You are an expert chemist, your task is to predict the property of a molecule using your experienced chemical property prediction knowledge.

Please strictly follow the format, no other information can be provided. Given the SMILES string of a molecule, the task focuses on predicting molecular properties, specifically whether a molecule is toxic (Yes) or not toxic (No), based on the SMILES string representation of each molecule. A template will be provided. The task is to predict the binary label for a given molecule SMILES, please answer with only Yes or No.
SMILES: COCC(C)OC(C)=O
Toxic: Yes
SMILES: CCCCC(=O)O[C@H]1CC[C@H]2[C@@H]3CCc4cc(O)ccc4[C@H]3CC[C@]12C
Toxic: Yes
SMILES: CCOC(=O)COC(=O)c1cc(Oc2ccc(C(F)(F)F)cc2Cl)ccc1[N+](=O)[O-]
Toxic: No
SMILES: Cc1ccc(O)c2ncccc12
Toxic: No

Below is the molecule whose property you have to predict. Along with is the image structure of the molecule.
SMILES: Cn1cnc2ncnc(N)c21
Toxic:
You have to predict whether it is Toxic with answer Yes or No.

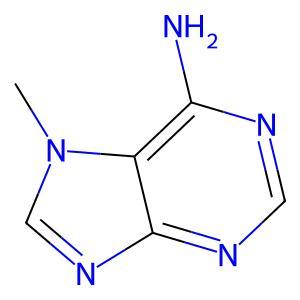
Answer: No